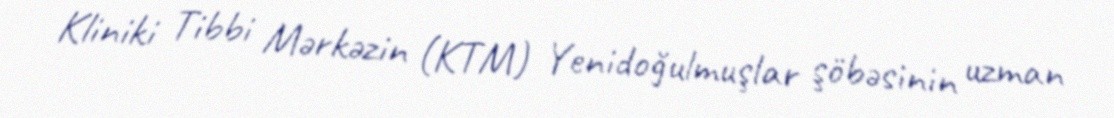
Kliniki Tibbi Mərkəzin (KTM) Yenidoğulmuşlar şöbəsinin uzman